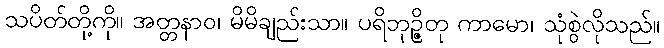
သပိတ်တို့ကို။ အတ္တနာဝ၊ မိမိချည်းသာ။ ပရိဘုဉ္ဇိတု ကာမော၊ သုံစွဲလိုသည်။